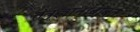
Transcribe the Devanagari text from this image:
तंत्रज्ञानाबाबत